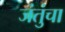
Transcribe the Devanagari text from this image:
जंतुंचा